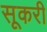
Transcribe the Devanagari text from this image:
सूकरी